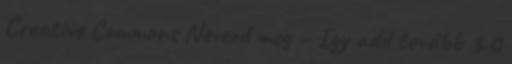
Creative Commons Nevezd meg – Így add tovább 3.0